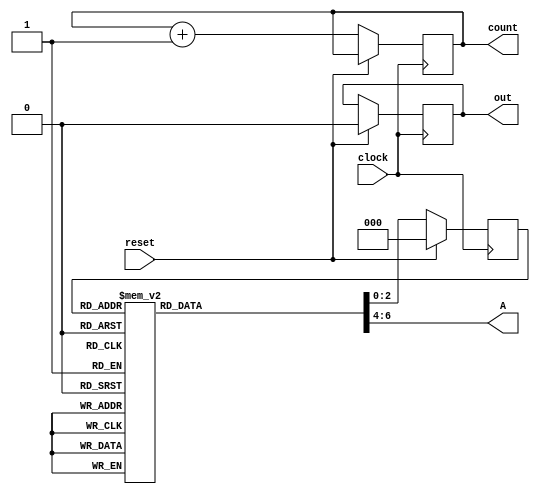
module ThreeBitGreyCounter(clock,reset,out,A,count);
input reset,clock;
output reg out;
output reg [2:0] A;
output reg [2:0] count;
reg [2:0] curr_state;
reg [2:0] next_state;
parameter S0=3'b000;
parameter S1=3'b001;
parameter S2=3'b011;
parameter S3=3'b010;
parameter S4=3'b110;
parameter S5=3'b111;
parameter S6=3'b101;
parameter S7=3'b100;
always@(negedge clock) begin 
    if(reset) begin
        curr_state<=S0;
        out<=0;
        // count<=0;
    end
    else begin
        curr_state<=next_state;
        count<=count+1;
    end
end
always@(curr_state or clock) begin
    case (curr_state)
        S0: begin
                next_state<=S1;
                out<=0;
                A=S1;
                count=1;
        end
        S1: begin
                next_state<=S2;
                out<=0;
                A=S2;
                count=2;
        end
        S2: begin
                next_state<=S3;
                out<=0;
                A=S3;
                count=3;
        end
        S3: begin
                next_state<=S4;
                out<=0;
                A=S4;
                count=4;
        end
        S4: begin
                next_state<=S5;
                out<=0;
                A=S5;
                count=5;
        end
        S5: begin
                next_state<=S6;
                out<=0;
                A=S6;
                count=6;
        end
        S6: begin
                next_state<=S7;
                out<=0;
                A=S7;
                count=7;
        end
        S7: begin
                next_state<=S0;
                out<=1;
                A=S0;
                count=0;
        end
        default: begin
                next_state<=S0;
                count=0;
                out<=0;
                A=S0;
        end
    endcase
end
endmodule